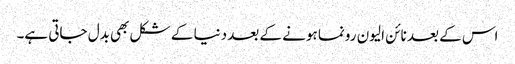
اس کے بعد نائن الیون رونما ہونے کے بعد دنیا کے شکل بھی بدل جاتی ہے۔